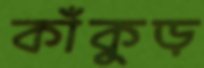
কাঁকুড়